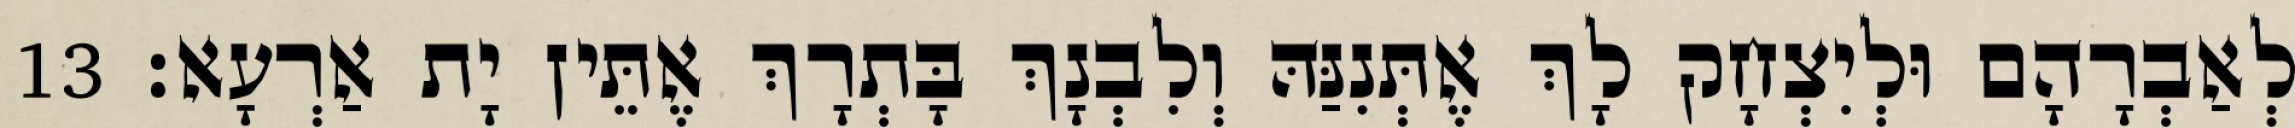
לְאַבְרָהָם וּלְיִצְחָק לָךְ אֶתְּנִנַּהּ וְלִבְנָךְ בָּתְרָךְ אֶתֵּין יָת אַרְעָא׃ 13